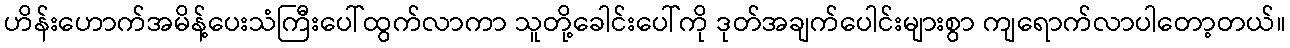
ဟိန်းဟောက်အမိန့်ပေးသံကြီးပေါ်ထွက်လာကာ သူတို့ခေါင်းပေါ်ကို ဒုတ်အချက်ပေါင်းများစွာ ကျရောက်လာပါတော့တယ်။